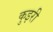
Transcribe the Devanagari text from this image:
कुइरी